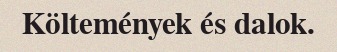
Költemények és dalok.